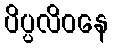
ပိပ္ပလိဝနေ